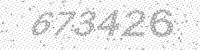
Solution: 673426